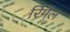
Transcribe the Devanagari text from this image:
रिंगेंल